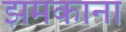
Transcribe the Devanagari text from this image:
झमकाना